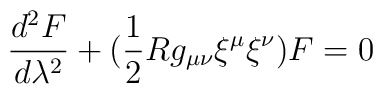
\frac{d^2 F}{d\lambda^{2}} + (\frac{1}{2}Rg_{\mu\nu}{\xi}^{\mu}{\xi}^{\nu} ) F = 0